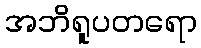
အဘိရူပတရော